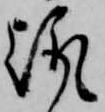
趣